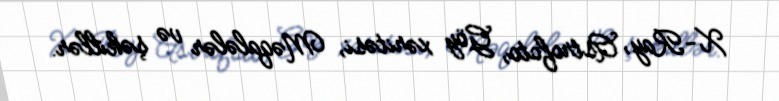
X-Ray, Astrofoto, Göy xəritəsi, Məqalələr və şəkillər.